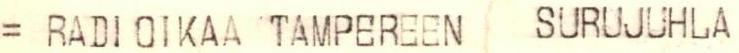
= RADIOIKAA TAMPEREEN SURUJUHLA